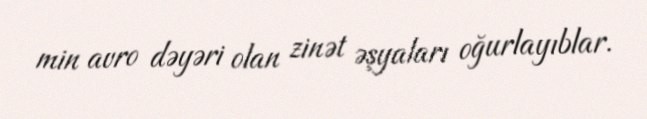
min avro dəyəri olan zinət əşyaları oğurlayıblar.